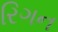
રિગન